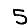
Digit: 5